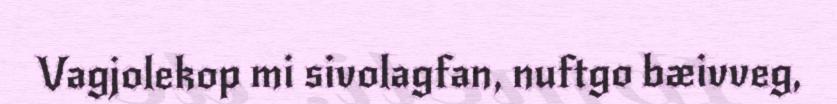
Vagjolekop mi sivolagfan, nuftgo bæivveg,